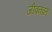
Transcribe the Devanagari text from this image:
जीवनव्रत